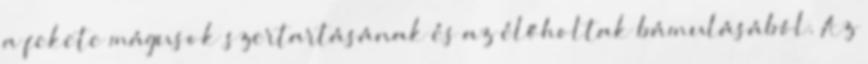
a fekete mágusok szertartásának és az élőholtak bámulásából. Az